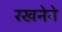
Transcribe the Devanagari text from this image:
रखनेने